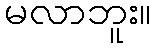
မလာဘူး။